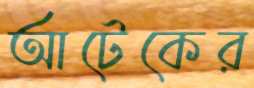
আটেকের